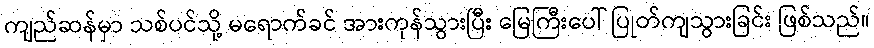
ကျည်ဆန်မှာ သစ်ပင်သို့ မရောက်ခင် အားကုန်သွားပြီး မြေကြီးပေါ် ပြုတ်ကျသွားခြင်း ဖြစ်သည်။